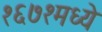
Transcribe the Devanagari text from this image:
१६७१मध्ये